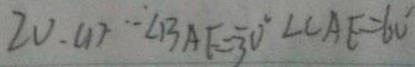
2 0 . ( 1 ) \therefore B A F = 3 0 ^ { \circ } \angle C A E = 6 0 ^ { \circ }